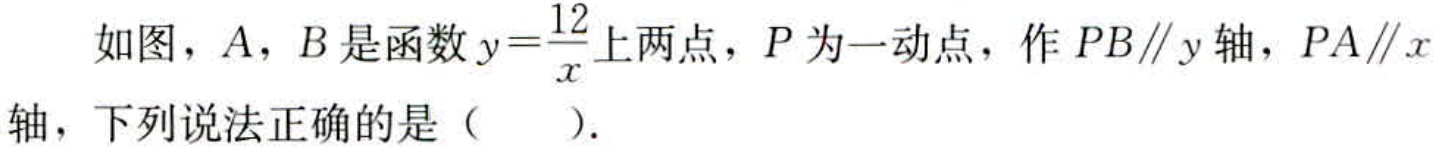
如图，$A$，$B$是函数$y = \frac{12}{x}$上两点，$P$为一动点，作$PB\parallel y$轴，$PA\parallel x$轴，下列说法正确的是（  ）.